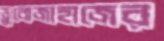
ডুবোজাহাজের